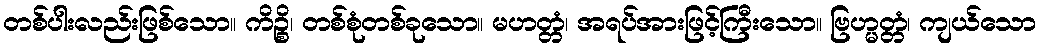
တစ်ပါးလည်းဖြစ်သော။ ကိဉ္စိ၊ တစ်စုံတစ်ခုသော။ မဟတ္တံ၊ အရပ်အားဖြင့်ကြီးသော။ ဗြဟ္မတ္တံ၊ ကျယ်သော